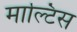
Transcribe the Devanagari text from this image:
माल्टिस